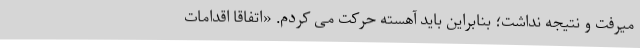
میرفت و نتیجه نداشت؛ بنابراین باید آهسته حرکت می کردم. «اتفاقا اقدامات